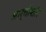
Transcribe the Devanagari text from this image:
आर्चोशोर